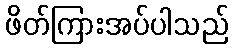
ဖိတ်ကြားအပ်ပါသည်